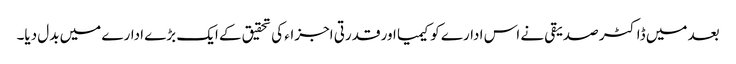
بعد میں ڈاکٹر صدیقی نے اس ادارے کو کیمیا اور قدرتی اجزاء کی تحقیق کے ایک بڑے ادارے میں بدل دیا۔